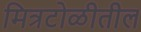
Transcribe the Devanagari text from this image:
मित्रटोळीतील